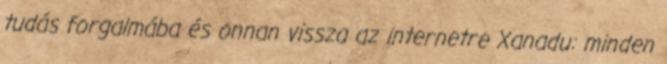
tudás forgalmába és onnan vissza az internetre Xanadu: minden